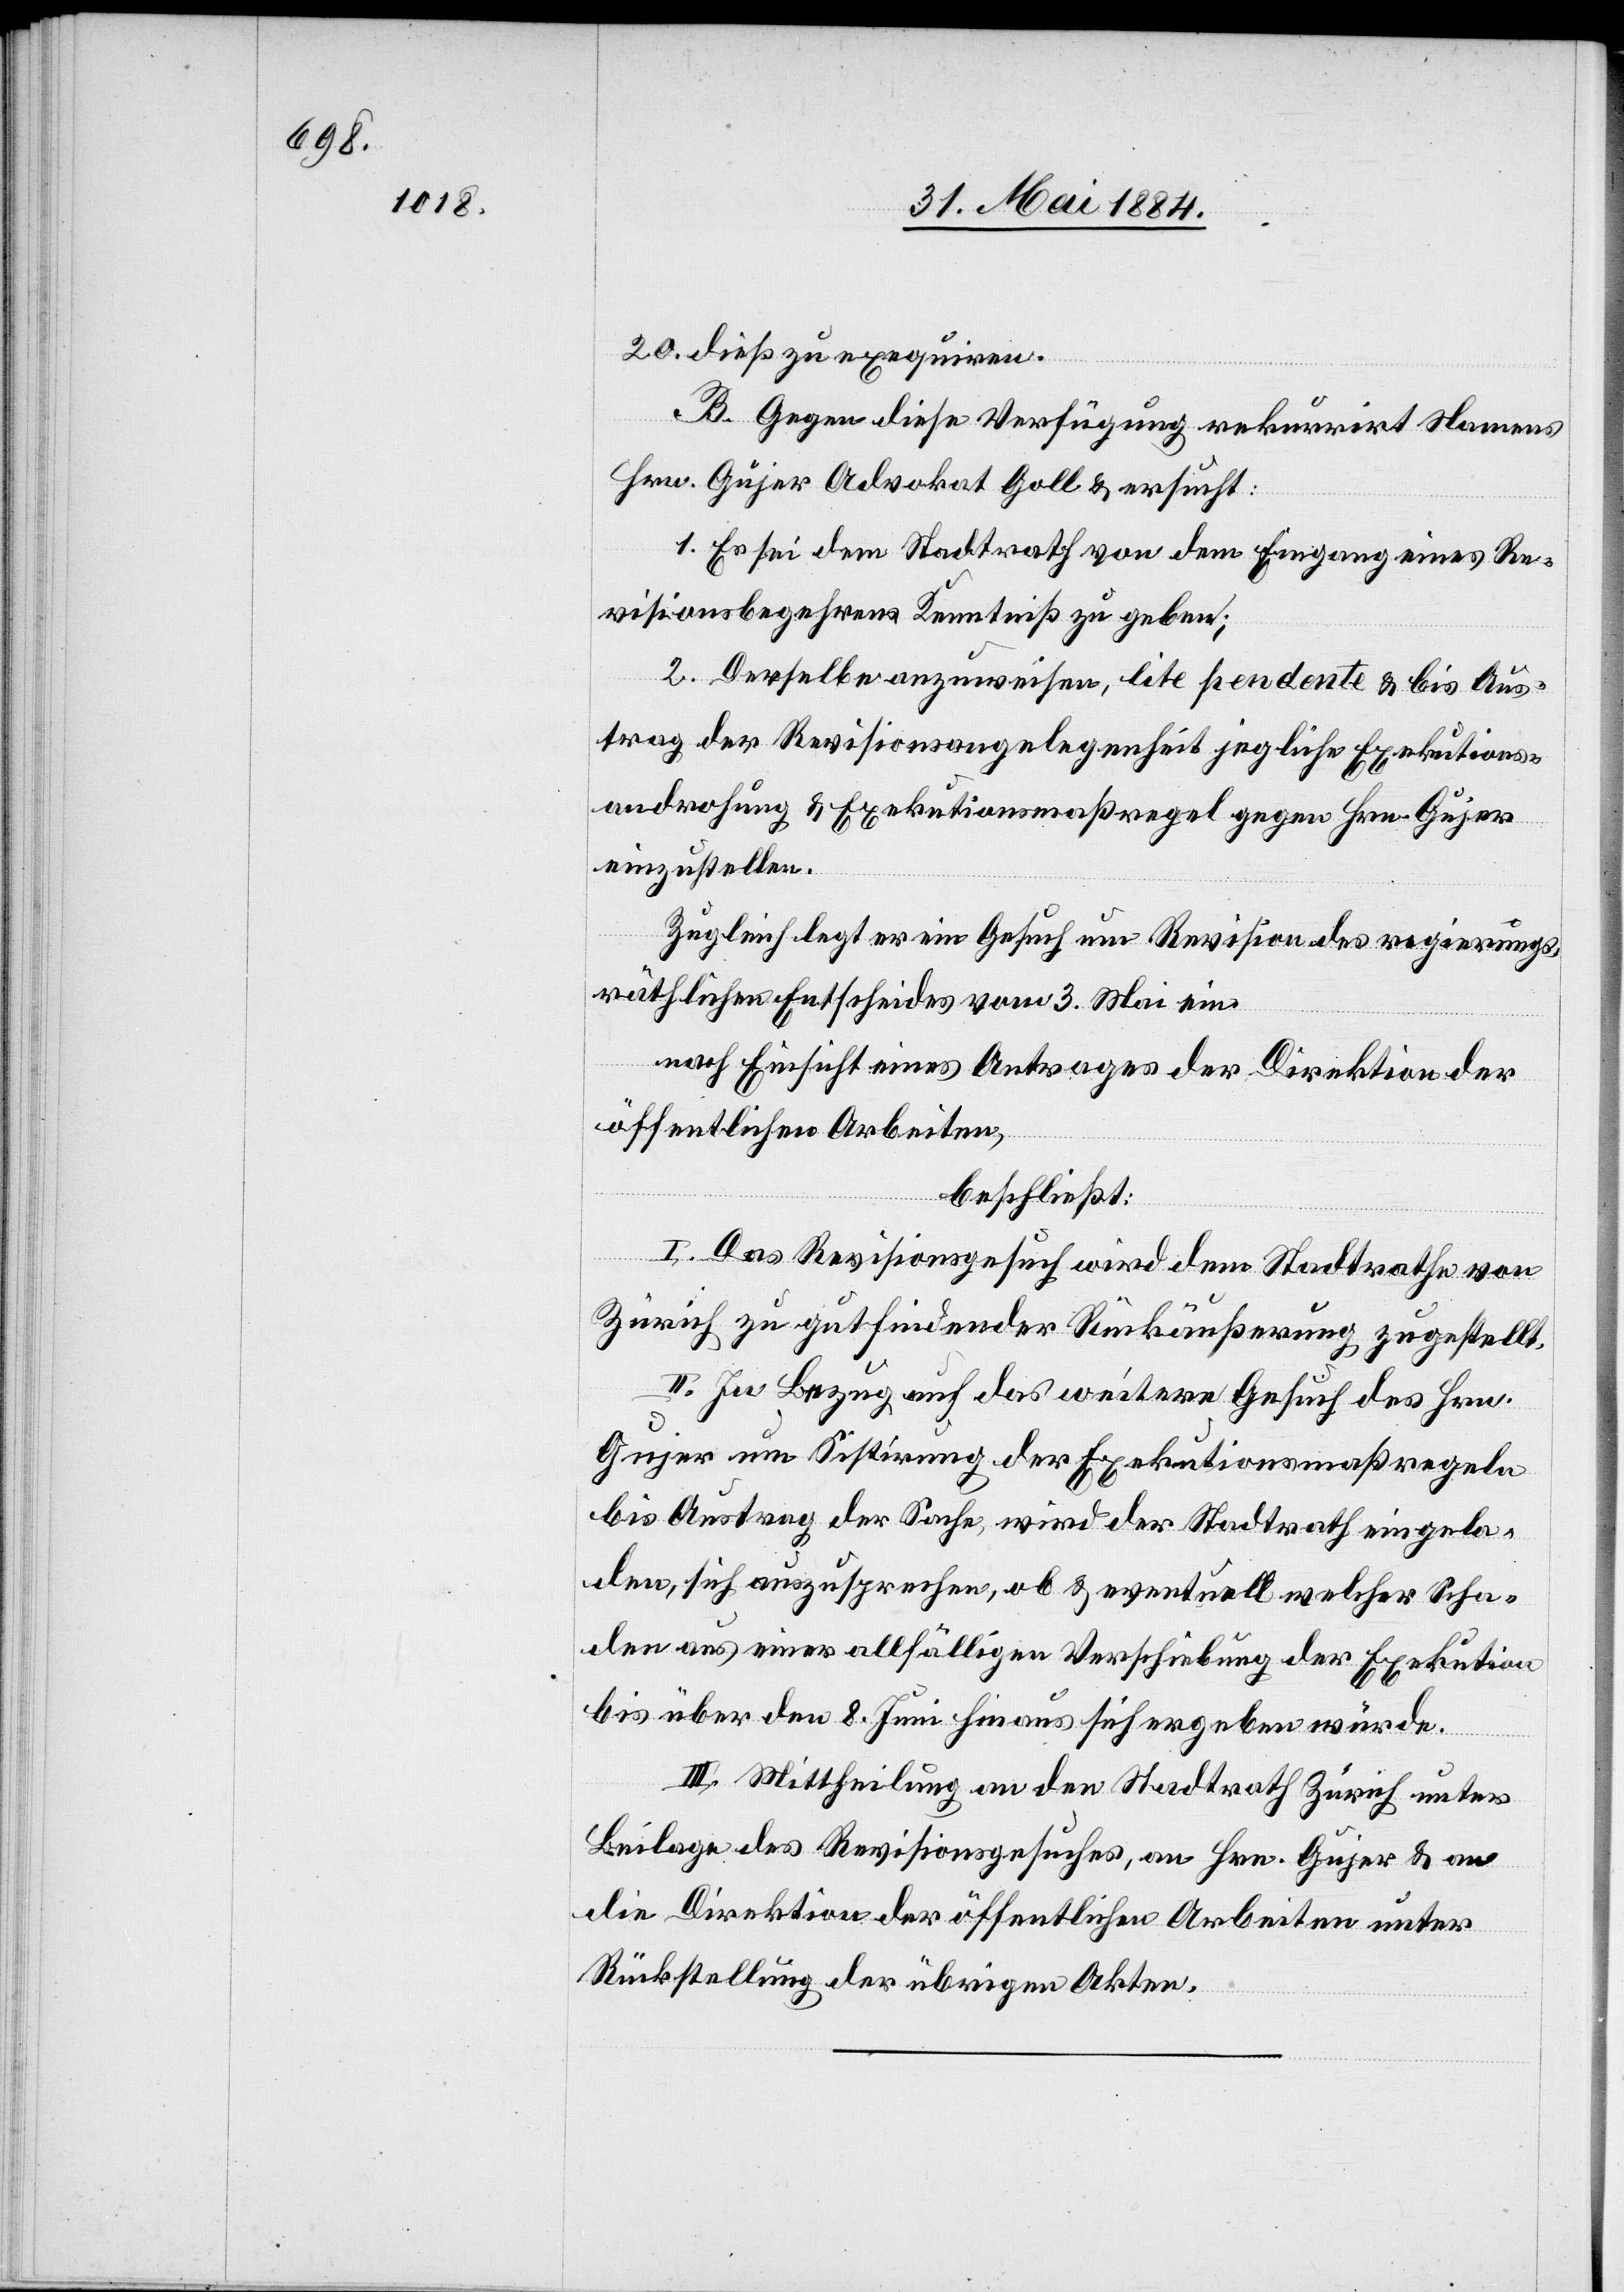
20. dieß zu exequiren.
B. Gegen diese Verfügung rekurrirt Namens
Hrn. Gujer Advokat Goll & ersucht:
1. Es sei dem Stadtrath von dem Eingang eines Re¬
visionsbegehrens Kenntniß zu geben;
2. Derselbe anzuweisen, lite pendente & bis Auf¬
trag der Revisionsangelegenheit jegliche Exekutions¬
androhung & Exekutionsmaßregel gegen Hrn. Gujer
einzustellen.
Zugleich legt er ein Gesuch um Revision des regierungs¬
räthlichen Entscheides vom 3. Mai ein.
nach Einsicht eines Antrages der Direktion der
öffentlichen Arbeiten,
beschließt:
I. Das Revisionsgesuch wird dem Stadtrathe von
Zürich zu gutfindender Rückäußerung zugestellt.
II. In Bezug auf das weitere Gesuch des Hrn.
Gujer um Sistirung der Exekutionsmaßregeln
bis Austrag der Sache wird der Stadtrath eingela¬
den, sich auszusprechen, ob & eventuell welcher Scha¬
den aus einer allfälligen Verschiebung der Exekution
bis über den 8. Juni hinaus sich ergeben würde.
III. Mittheilung an den Stadtrath Zürich unter
Beilage des Revisionsgesuches, an Hrn. Gujer & an
die Direktion der öffentlichen Arbeiten unter
Rückstellung der übrigen Akten.